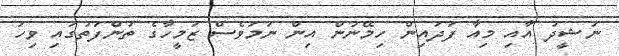
ނަޝީދު އާއި މިއާ ފަދައިން ހިމޭނުން އިން ނަމަވެސް ޒަމީހާގެ ތުންފަތުގައި ވިހަ